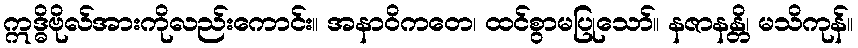
ဣဒ္ဓိဗိုလ်အားကိုလည်းကောင်း။ အနာဝိကတေ၊ ထင်စွာမပြုသော်။ နဇာနန္တိ၊ မသိကုန်။